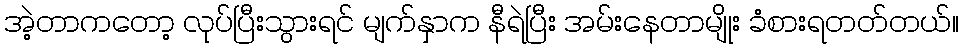
အဲ့တာကတော့ လုပ်ပြီးသွားရင် မျက်နှာက နီရဲပြီး အမ်းနေတာမျိုး ခံစားရတတ်တယ်။